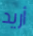
أريد